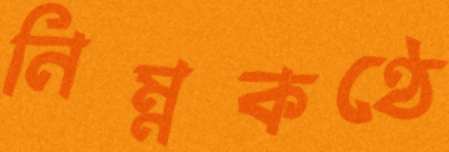
নিম্নকণ্ঠে